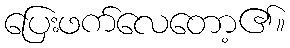
ပြေးဖက်လေတော့၏။